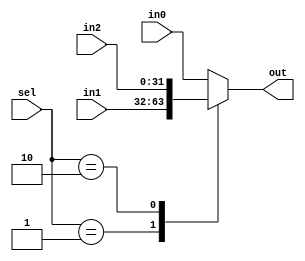
`timescale 1ns / 1ps
//////////////////////////////////////////////////////////////////////////////////
// Company: 
// Engineer: 
// 
// Design Name: 
// Module Name: MUX_2b
// Project Name: 
// Target Devices: 
// Tool Versions: 
// Description: 
// 
// Dependencies: 
// 
// Revision:
// Revision 0.01 - File Created
// Additional Comments:
// 
//////////////////////////////////////////////////////////////////////////////////


//2b-SELECT MUX (SIGNED)
module MUX_2b #(parameter WL=32)
(input signed[WL-1:0] in0, in1, in2, input[1:0] sel,
    output reg signed[WL-1:0] out);
    
    always @(*) begin
        case (sel)
            0: out <= in0;
            1: out <= in1;
            2: out <= in2;
            default: out <= in0;
        endcase
    end
endmodule